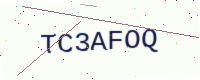
Text: TC3AFOQ